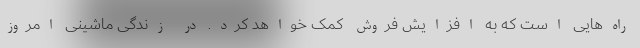
راه‌هایی است که به افزایش فروش کمک خواهد کرد. در زندگی ماشینی امروز